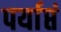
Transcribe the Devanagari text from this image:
पर्याप्तं